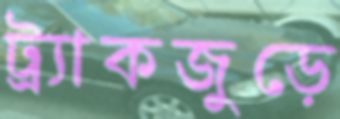
ট্র্যাকজুড়ে